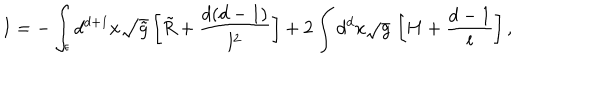
LaTeX: I = - \int _ { \epsilon } d ^ { d + 1 } x \sqrt { \tilde { g } } \left[ \tilde { R } + \frac { d ( d - 1 ) } { l ^ { 2 } } \right] + 2 \int d ^ { d } x \sqrt { g } \, \left[ H + \frac { d - 1 } l \right] ,